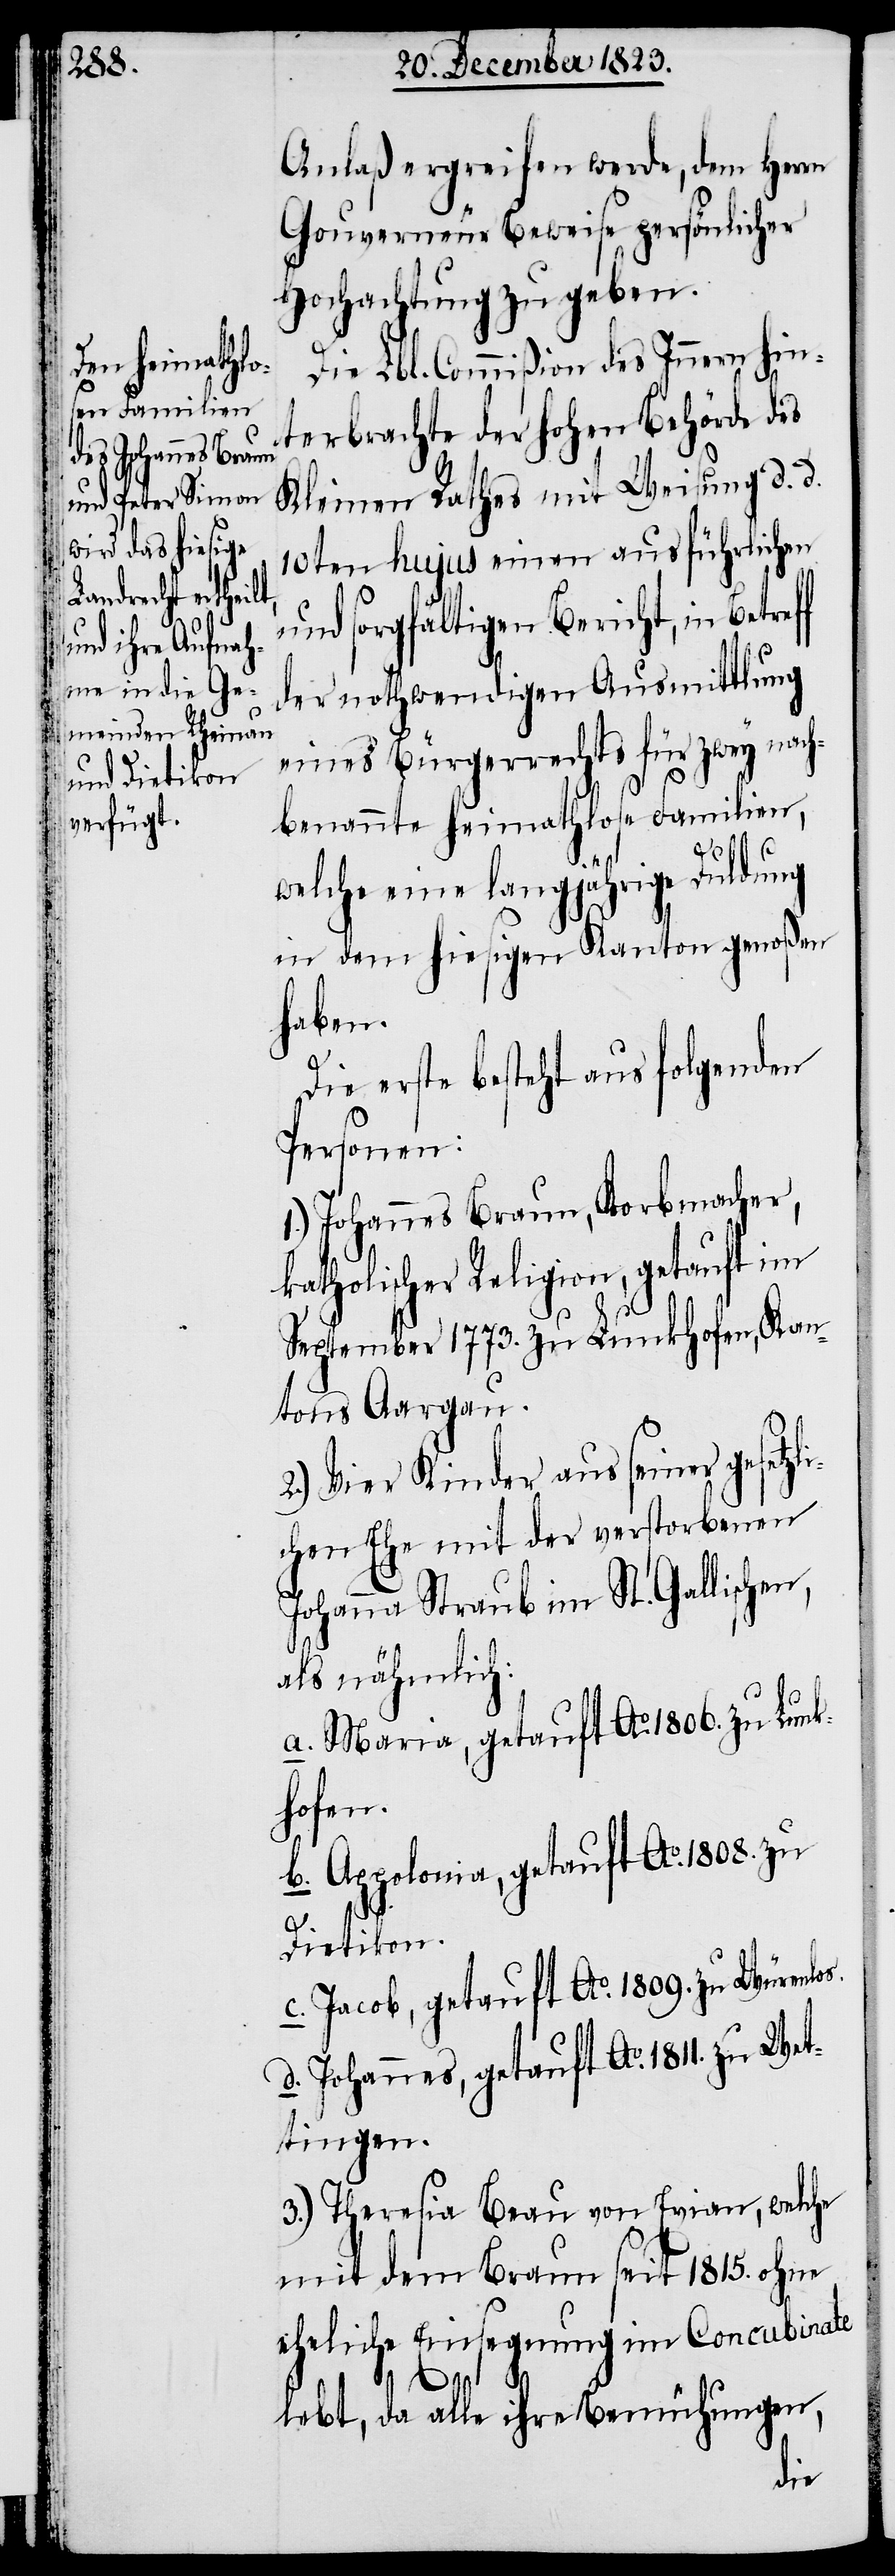
Anlaß ergreifen werde, dem Herrn
Gouverneur Beweise persönlicher
Hochachtung zu geben.
Die Lbl. Commißion des Innern hin¬
terbrachte der hohen Behörde des
Kleinen Rathes mit Weisung d. d.
10ten hujus einen ausführlichen
und sorgfältigen Bericht, in
der nothwendigen Ausmittlung
eines Bürgerrechts für zwey nach¬
benannte heimathlose Familien,
welche eine langjährige Duldung
in dem hiesigen Kanton genoßen
haben.
Die erste besteht aus folgenden
Personen:
1.) Johannes Braun, Korbmacher,
katholischer Religion, getauft im
September 1773. zu Lunkhofen, Kan¬
tons Aargau.
2.) Vier Kinder aus seiner gesetzl¬
ichen Ehe mit der verstorbenen
Johanna Straub im St. Gallischen,
als nähmlich:
a. Maria, getauft Ao. 1806. zu Lunk¬
hofen.
b. Appolonia, getauft Ao. 1808. zu
Dietikon.
c. Jacob, getauft Ao. 1809. zu Würenlos.
d. Johannes, getauft Ao. 1811. zu Wet¬
tingen.
3.) Theresia Beau von Evian, welche
mit dem Braun seit 1815. ohne
eheliche Einsegnung im Concubinate
lebt, da alle ihre Bemühungen,